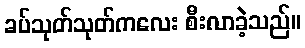
ခပ်သုတ်သုတ်ကလေး စီးလာခဲ့သည်။